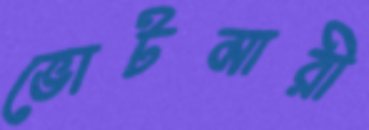
ভোটমারী